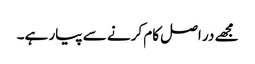
مجھے در اصل کام کرنے سے پیار ہے۔